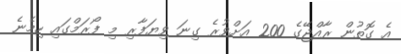
އެ ގޮތުން ރާއްޖޭގެ 200 އަށްވުރެ ގިނަ ވިޔަފާރި މި ފޯރަމްގައި ހިމެނެ